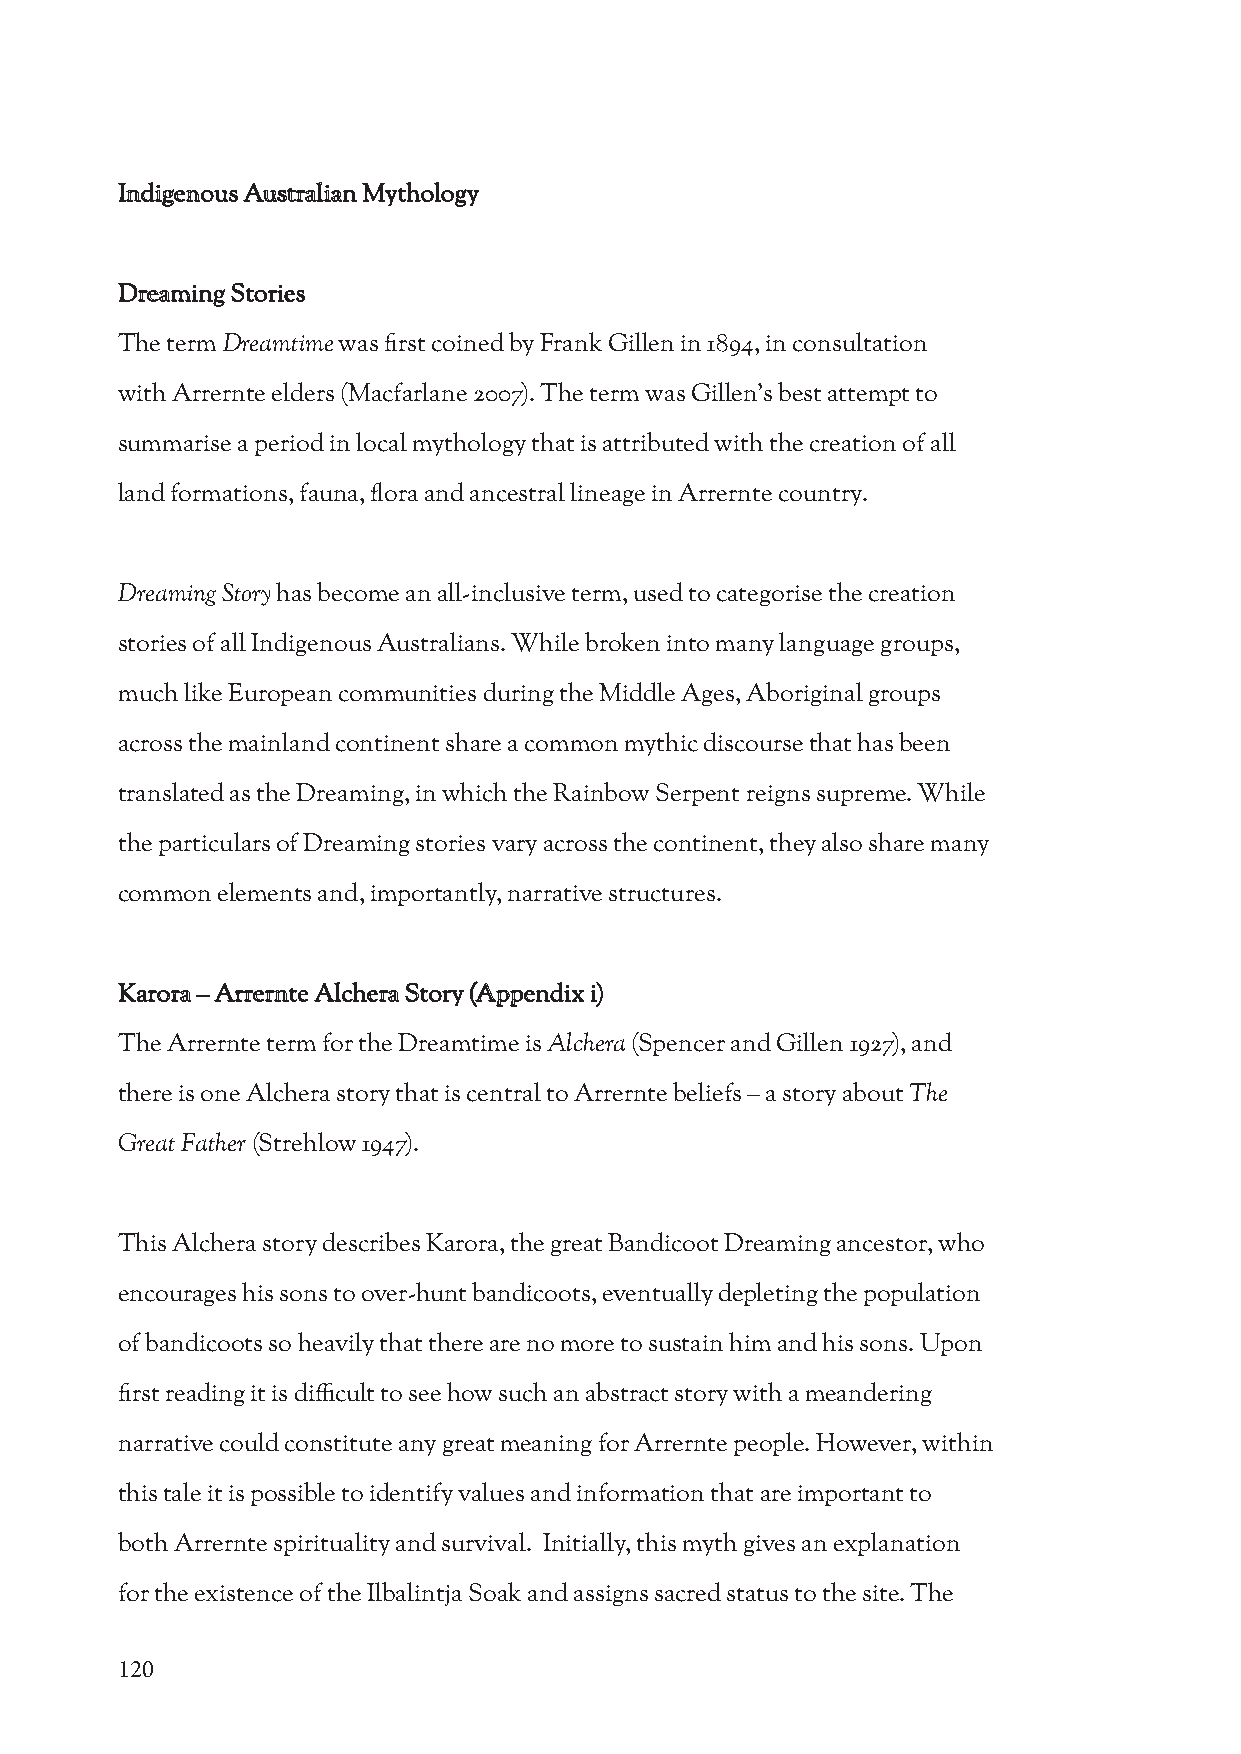
Indigenous Australian Mythology
 Dreaming Stories
 The term Dreamtime was first coined by Frank Gillen in 1894, in consultation
 with Arrernte elders (Macfarlane 2007). The term was Gillen’s best attempt to
 summarise a period in local mythology that is attributed with the creation of all
 land formations, fauna, flora and ancestral lineage in Arrernte country.
 Dreaming Story has become an all-inclusive term, used to categorise the creation
 stories of all Indigenous Australians. While broken into many language groups,
 much like European communities during the Middle Ages, Aboriginal groups
 across the mainland continent share a common mythic discourse that has been
 translated as the Dreaming, in which the Rainbow Serpent reigns supreme. While
 the particulars of Dreaming stories vary across the continent, they also share many
 common elements and, importantly, narrative structures.
 Karora – Arrernte Alchera Story (Appendix i)
 The Arrernte term for the Dreamtime is Alchera (Spencer and Gillen 1927), and
 there is one Alchera story that is central to Arrernte beliefs – a story about The
 Great Father (Strehlow 1947).
 This Alchera story describes Karora, the great Bandicoot Dreaming ancestor, who
 encourages his sons to over-hunt bandicoots, eventually depleting the population
 of bandicoots so heavily that there are no more to sustain him and his sons. Upon
 first reading it is difficult to see how such an abstract story with a meandering
 narrative could constitute any great meaning for Arrernte people. However, within
 this tale it is possible to identify values and information that are important to
 both Arrernte spirituality and survival. Initially, this myth gives an explanation
 for the existence of the Ilbalintja Soak and assigns sacred status to the site. The
 120